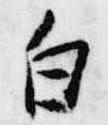
白